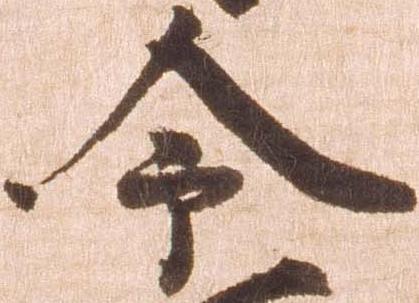
令